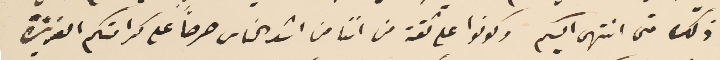
ذلك متى انتهى اليكم وكونوا على ثقة من اننا من اشد الناس حرصاً على كرامتكم العزيزة